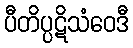
ပီတိပ္ပဋိသံဝေဒီ